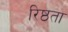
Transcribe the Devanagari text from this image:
रिष्ठता